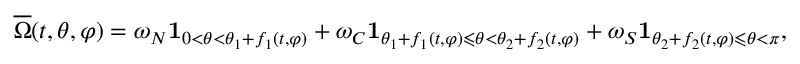
\overline { { \Omega } } ( t , \theta , \varphi ) = \omega _ { N } \mathbf { 1 } _ { 0 < \theta < \theta _ { 1 } + f _ { 1 } ( t , \varphi ) } + \omega _ { C } \mathbf { 1 } _ { \theta _ { 1 } + f _ { 1 } ( t , \varphi ) \leqslant \theta < \theta _ { 2 } + f _ { 2 } ( t , \varphi ) } + \omega _ { S } \mathbf { 1 } _ { \theta _ { 2 } + f _ { 2 } ( t , \varphi ) \leqslant \theta < \pi } ,